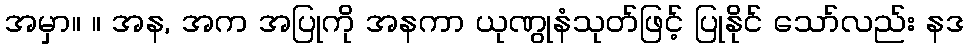
အမှာ။ ။ အန, အက အပြုကို အနကာ ယုဏွုနံသုတ်ဖြင့် ပြုနိုင် သော်လည်း နဒ